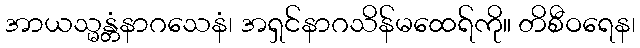
အာယသ္မန္တံနာဂသေနံ၊ အရှင်နာဂသိန်မထေရ်ကို။ တိစီဝရေန၊